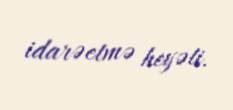
idarəetmə heyəti.